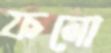
ফলো